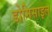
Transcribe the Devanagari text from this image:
डोमिसाइल